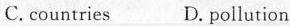
C. countries D. pollution